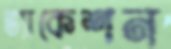
ভ্যাকেশন